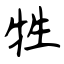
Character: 牲